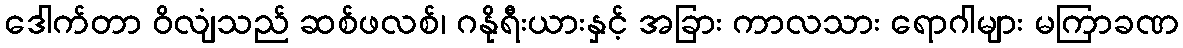
ဒေါက်တာ ဝိလျံသည် ဆစ်ဖလစ်၊ ဂနိုရီးယားနှင့် အခြား ကာလသား ရောဂါများ မကြာခဏ